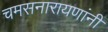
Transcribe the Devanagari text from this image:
चमसनारायणांनी